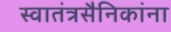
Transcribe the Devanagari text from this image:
स्वातंत्रसैनिकांना